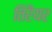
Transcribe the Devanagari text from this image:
तिरैयर